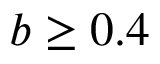
b \ge 0 . 4